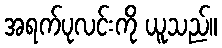
အရက်ပုလင်းကို ယူသည်။